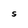
Character: s